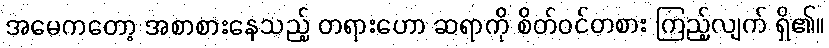
အမေကတော့ အစာစားနေသည့် တရားဟော ဆရာကို စိတ်ဝင်တစား ကြည့်လျက် ရှိ၏။